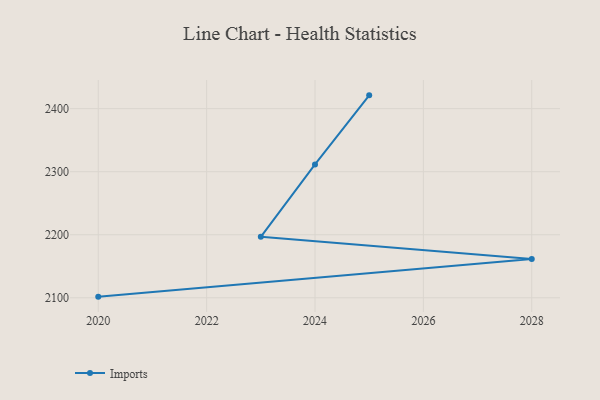
{"axis": {"x": "Year", "y": "Churn Rate (%)"}, "legend": ["Imports"], "data": [{"x": "2020", "y": 2101.8, "type": "Imports"}, {"x": "2028", "y": 2161.7, "type": "Imports"}, {"x": "2023", "y": 2196.7, "type": "Imports"}, {"x": "2024", "y": 2311.5, "type": "Imports"}, {"x": "2025", "y": 2421.1, "type": "Imports"}]}